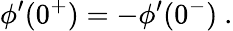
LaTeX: \phi^{\prime}(0^{+})=-\phi^{\prime}(0^{-})~.